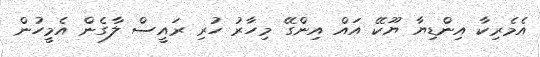
އެމެރިކާ އިންޑިޔާ ޔޫކޭ އައް އިންގޭ މިހާރު ހުރި ރައީސް ލާގެން އެމީހުން